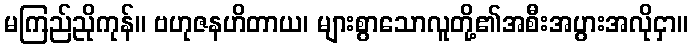
မကြည်ညိုကုန်။ ဗဟုဇနဟိတာယ၊ များစွာသောလူတို့၏အစီးအပွားအလိုငှာ။